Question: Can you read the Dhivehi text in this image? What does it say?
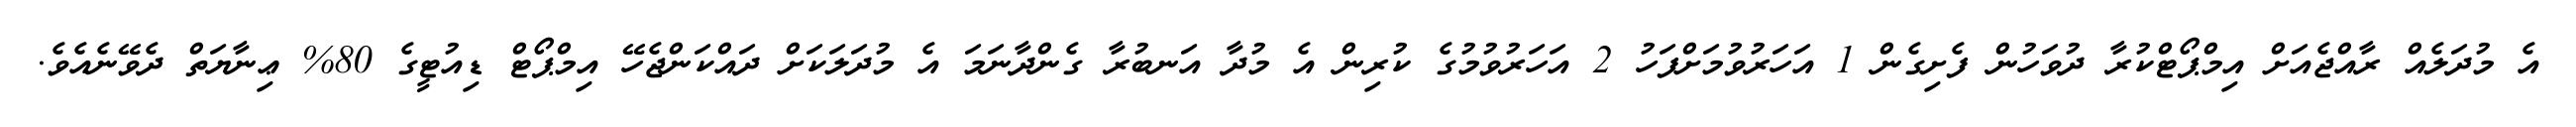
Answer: އެ މުދަލެއް ރާއްޖެއަށް އިމްޕޯޓްކުރާ ދުވަހުން ފެށިގެން 1 އަހަރުވުމަށްފަހު 2 އަހަރުވުމުގެ ކުރިން އެ މުދާ އަނބުރާ ގެންދާނަމަ އެ މުދަލަކަށް ދައްކަންޖެހޭ އިމްޕޯޓް ޑިއުޓީގެ 80% ޢިނާޔަތް ދެވޭނެއެވެ.